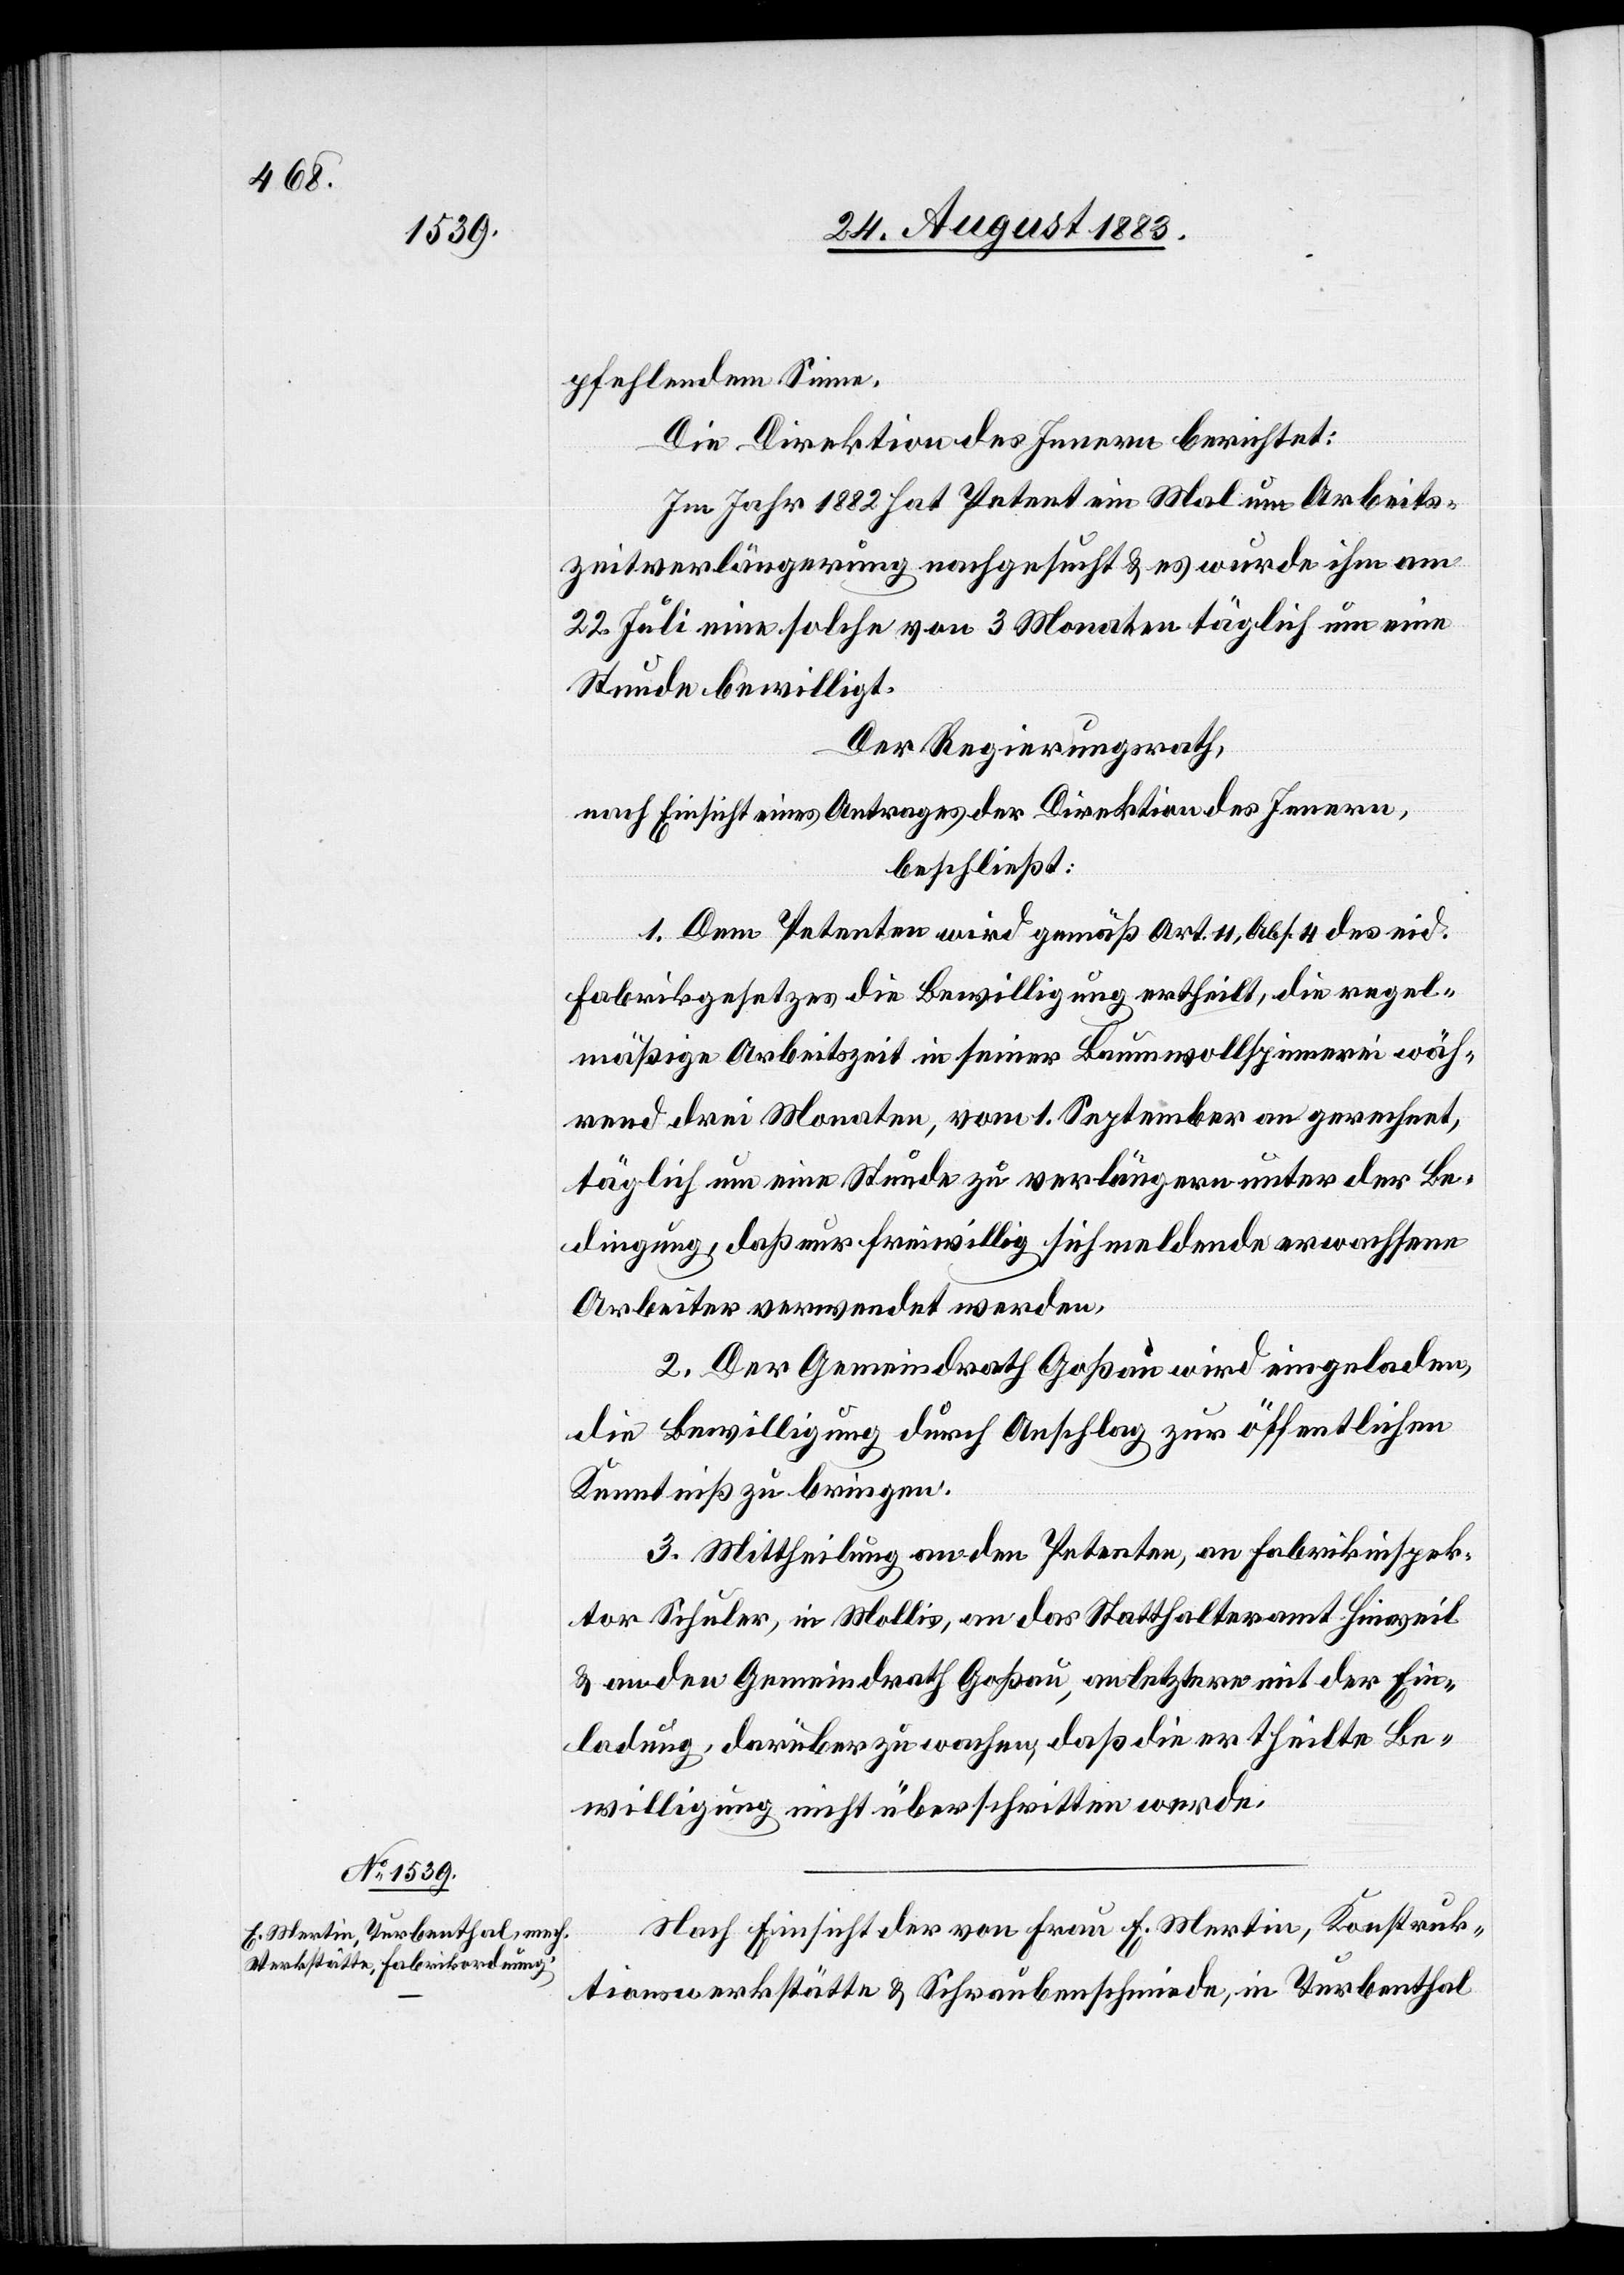
pfehlendem Sinne.
Die Direktion des Innern berichtet:
Im Jahr 1882 hat Petent ein Mal um Arbeits¬
zeitverlängerung nachgesucht & es wurde ihm am
22. Juli eine solche von 3 Monaten täglich um eine
Stunde bewilligt.
Der Regierungsrath,
nach Einsicht eines Antrages der Direktion des Innern,
beschließt:
1. Dem Petenten wird gemäß Art. 11, Abs. 4 des eid.
Fabrikgesetzes die Bewilligung ertheilt, die regel¬
mäßige Arbeitszeit in seiner Baumwollspinnerei wäh¬
rend drei Monaten, vom 1. September an gerechnet,
täglich um eine Stunde zu verlängern unter der Be¬
dingung, daß nur freiwillig sich meldende erwachsene
Arbeiter verwendet werden.
2. Der Gemeindrath Goßau wird eingeladen,
die Bewilligung durch Anschlag zur öffentlichen
Kenntniß zu bringen.
3. Mittheilung an den Petenten, an Fabrikinspek¬
tor Schuler, in Mollis, an das Statthalteramt Hinweil
& an den Gemeindrath Goßau, an letztere mit der Ein¬
ladung, darüber zu wachen, daß die ertheilte Be¬
willigung nicht überschritten werde.
Nach Einsicht der von Frau E. Martin, Konstruk¬
tionsstätte & Schraubenschmiede, in Turbenthal